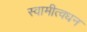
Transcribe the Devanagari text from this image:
स्वामीत्वधन